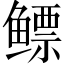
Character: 鳔